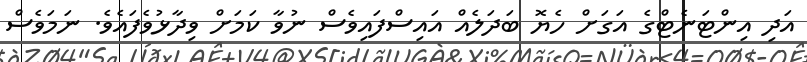
އަދި އިންޓަނެޓްގެ އަގަށް ހެޔޮ ބަދަލެއް އައިސްފައިވެސް ނުވާ ކަމަށް ވިދާޅުވެފައެވެ. ނަމަވެސް